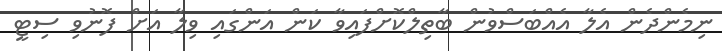
ނިމެންދެން އެލާ އެއްބަސްވުން ބާތިލްކޮށްފައިވާ ކަން އަންގައި ވިލާ އަށް ފޮނުވި ސިޓީ